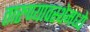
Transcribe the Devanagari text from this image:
तारुण्यावस्थेमध्ये